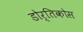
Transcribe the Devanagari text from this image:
डोर्तिकोस